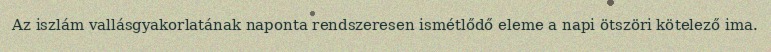
Az iszlám vallásgyakorlatának naponta rendszeresen ismétlődő eleme a napi ötszöri kötelező ima.